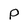
Character: p